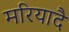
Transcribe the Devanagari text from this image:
मरियादै